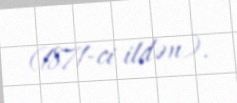
(1871-ci ildən).